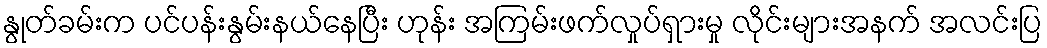
နွုတ်ခမ်းက ပင်ပန်းနွမ်းနယ်နေပြီး ဟုန်း အကြမ်းဖက်လှုပ်ရှားမှု လိုင်းများအနက် အလင်းပြ